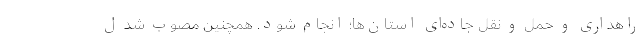
راهداری و حمل و نقل جاده‌ای استان‌ها؛ انجام شود. همچنین مصوب شد ل